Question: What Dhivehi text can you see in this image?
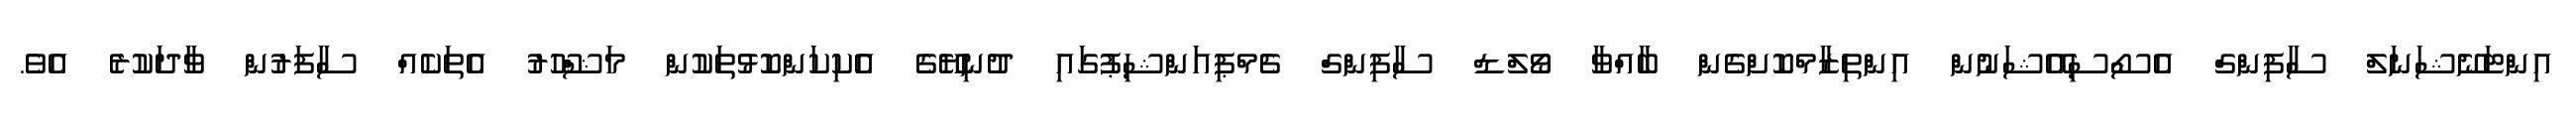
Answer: އިންޓަނޭޝަނަލް ސާފިންގް އެސޯސިއޭޝަނުން އިންތިޒާމްކޮށްގެން ބާއްވާ ވޯލްޑް ސާފިންގް ޗެމްޕިއަންޝިޕުގައި ދުނިޔޭގެ އެކިކަންކޮޅުތަކުން މަޝްހޫރު އެތަކެއް ސާފަރުން ވާދަކުރެ އެވެ.